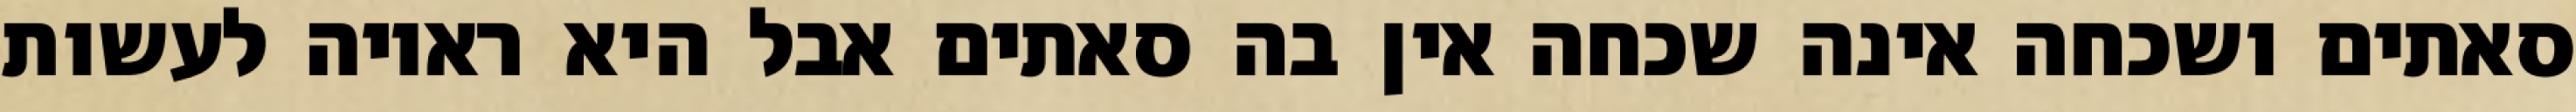
סאתים ושכחה אינה שכחה אין בה סאתים אבל היא ראויה לעשות